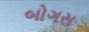
બોગસ